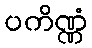
ပကိဏ္ဏံ